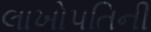
લાખોપતિની